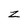
Character: z